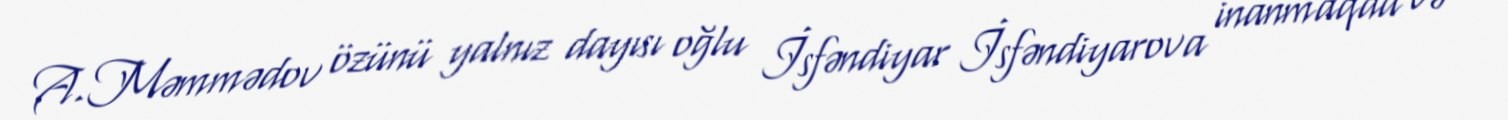
A.Məmmədov özünü yalnız dayısı oğlu İsfəndiyar İsfəndiyarova inanmaqda və